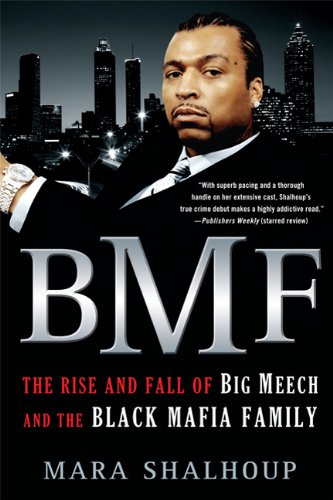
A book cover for BMF: The Rise and Fall of Big Meech and the Black Mafia Family; Mara Shalhoup; Biographies & Memoirs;